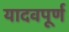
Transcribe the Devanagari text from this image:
यादवपूर्ण